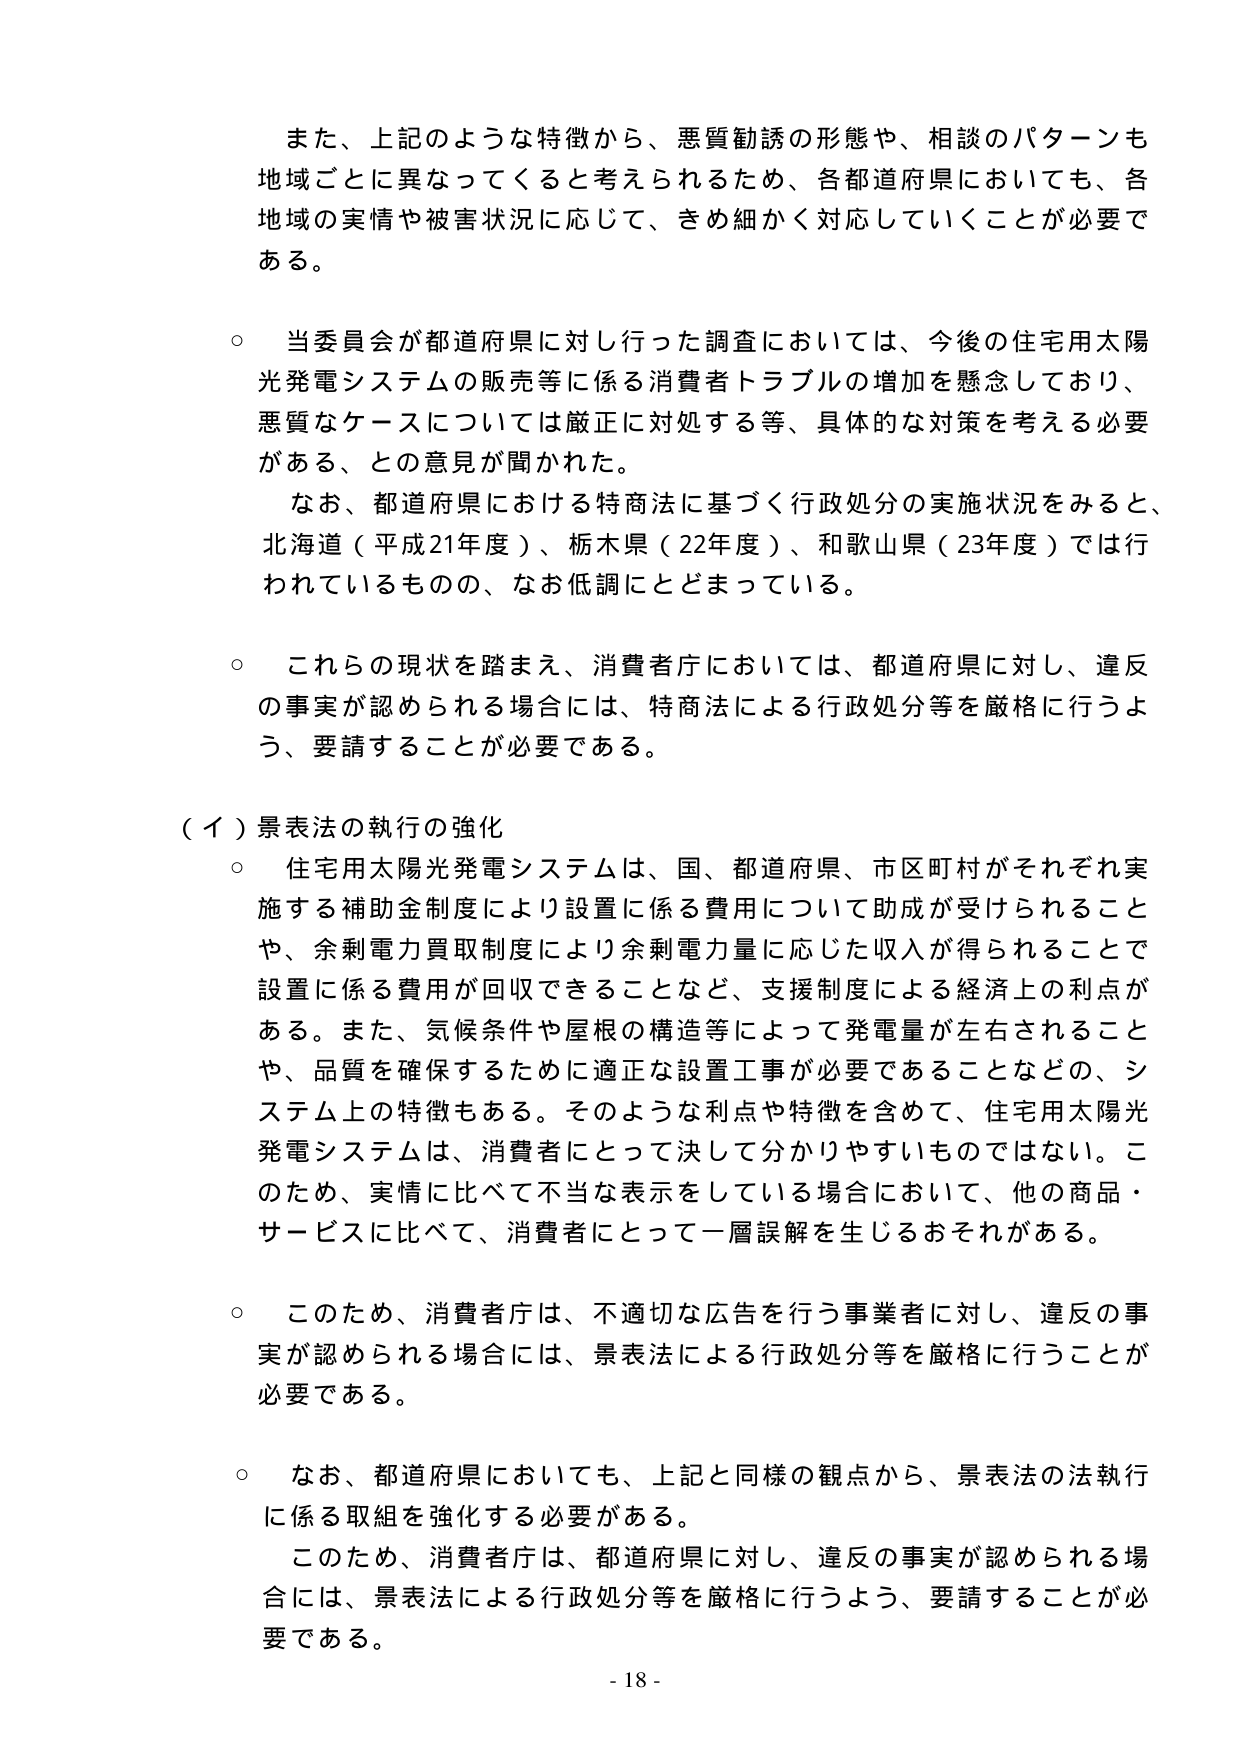
また、上記のような特徴から、悪質勧誘の形態や、相談のパターンも地域ごとに異なってくると考えられるため、各都道府県においても、各地域の実情や被害状況に応じて、きめ細かく対応していくことが必要である。

○ 当委員会が都道府県に対し行った調査においては、今後の住宅用太陽光発電システムの販売等に係る消費者トラブルの増加を懸念しており、悪質なケースについては厳正に対処する等、具体的な対策を考える必要がある、との意見が聞かれた。
　なお、都道府県における特商法に基づく行政処分の実施状況をみると、北海道（平成21年度）、栃木県（22年度）、和歌山県（23年度）では行われているものの、なお低調にとどまっている。

○ これらの現状を踏まえ、消費者庁においては、都道府県に対し、違反の事実が認められる場合には、特商法による行政処分等を厳格に行うよう、要請することが必要である。

（イ）景表法の執行の強化
○ 住宅用太陽光発電システムは、国、都道府県、市区町村がそれぞれ実施する補助金制度により設置に係る費用について助成が受けられることや、余剰電力買取制度により余剰電力量に応じた収入が得られることで設置に係る費用が回収できることなど、支援制度による経済上の利点がある。また、気候条件や屋根の構造等によって発電量が左右されることや、品質を確保するために適正な設置工事が必要であることなどの、システム上の特徴もある。そのような利点や特徴を含めて、住宅用太陽光発電システムは、消費者にとって決して分かりやすいものではない。このため、実情に比べて不当な表示をしている場合において、他の商品・サービスに比べて、消費者にとって一層誤解を生じるおそれがある。

○ このため、消費者庁は、不適切な広告を行う事業者に対し、違反の事実が認められる場合には、景表法による行政処分等を厳格に行うことが必要である。

○ なお、都道府県においても、上記と同様の観点から、景表法の法執行に係る取組を強化する必要がある。
　このため、消費者庁は、都道府県に対し、違反の事実が認められる場合には、景表法による行政処分等を厳格に行うよう、要請することが必要である。

- 18 -